Suure-Kopu_vallavalitsus, lk 78
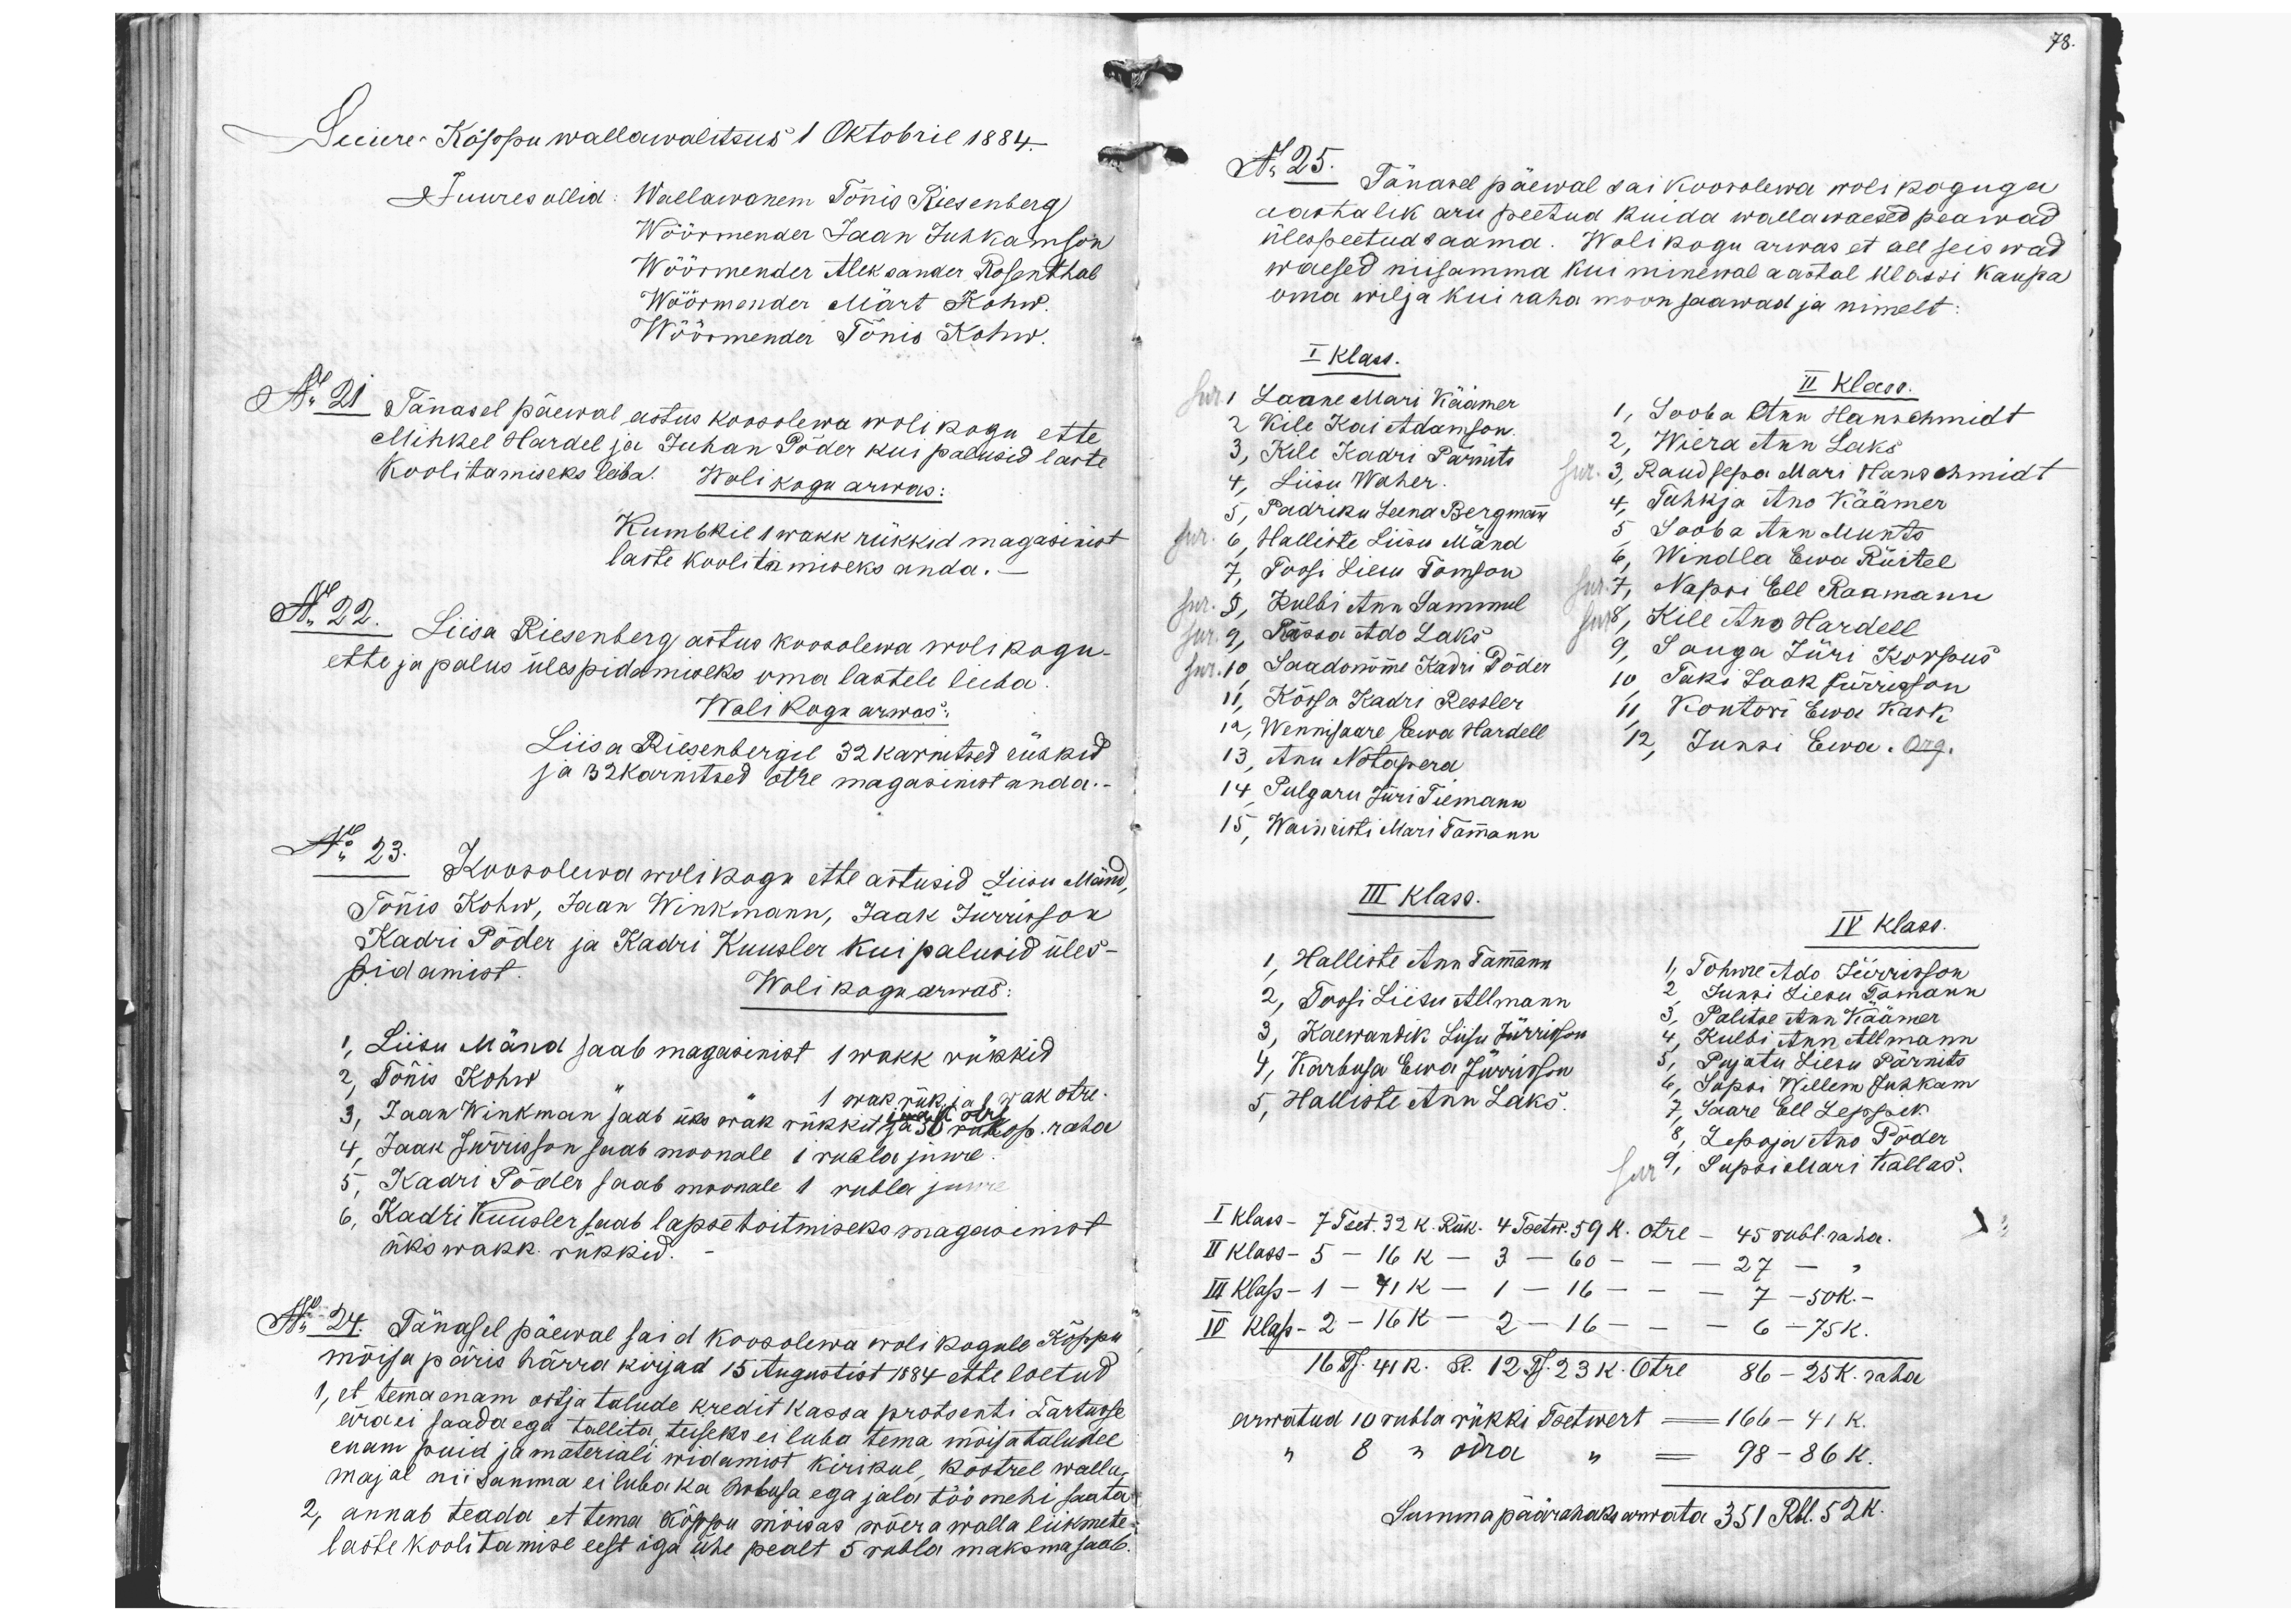
Suure-Kõppu wallawalitsus 1 Oktobril 1884.
Juures ollid: Wallawanem Tõnis Riesenberg
Wöörmender Jaan Juhkamson
Wöörmender Aleksander Rosenthal
Wöörmender Märt Kohw.
Wöörmender Tõnis Kohw.
No 21 Tänasel päewal astus koosolewa wolikogu ette
Mihkel Hardel ja Juhan Põder kui palusid laste
Koolitamiseks leiba. Wolikogu arwas
Kumbkil 1 wakk rükkid magasinist
laste koolitamiseks anda.
No 22. Liisa Riesenberg astus koosolewa wolikogu
ette ja palus ülespidamiseks oma lastele leiba
Wolikogu arwas.
Liisa Riesenbergil 32 karnitsed rükkid
ja 32 karnitsed otre magasimist anda.-
No 23. Koosolewa wolikogu ette astusid Liisu Mänd,
Tõnis Kohw, Jaan Winkmann, Jaak Jürrison
Kadri Põder ja Kadri Kuusler kui palusid üles-
pidamist.
Wolikogu arwas
1, Liisu Mäna saab magasinist 1 wakk rükkid
2, Tõnis Kohw " " 1 wak rük ja 1 wak otre.
3, Jaan Winkman saab üks wak rükkit 30 ru kop. raha
4, Jaak Jürrisson saab moonale 1 rubla juure.
1 wak otre
5, Kadri Põder saab moonale 1 rubla juure
6, Kadri Kuusler saab lapse toitmiseks magasinist
üks wakk. rükkid.
No 24. Tänasel päewal said koosolewa wolikogule Kõppu
mõisa päris härra kirjad 15 Augustist 1884 ette loetud
1, et tema enam ostja talude kredit kassa protsenti Tartusse
ära ei saada ega tallita, teiseks ei luba tema mõisa taludel
enam puid ja materiali widamist kirikul, köstrel walla
majal nii samma ei luba ka hobusa ega jala töö mehi saata
2, annab teada et tema Kõppu mõisas wõera walla liikmete
laste koolitamise eest iga ühe pealt 5 rubla maksma saab.

78.
No 25.
- Tänasel päewal sai koosolewa wolikoguga
aastalik aru peetud kuida wallawaesed peawad
ülespeetud saama. Wolikogu arwas et all seiswad
waesed niisamma kui minewal aastal klassi kaupa
oma wilja kui raha moon saawad ja nimelt
I Klass.
sur 1 Laane Mari Käämer
2, Kile Kai Adamson.
3, Kile Kadri Pärnits
4, Liisu Waher.
5, Padriku Leena Bergmann
sur 6, Halliste Liisu Mänd
7, Toosi Liesu Tomson,
sur. 8, Kulbi Ann Sammul
sur. 9, Rässa Ado Laks
sur. 10, Saadonõmme Kadri Põder
11, Kõssa Kadri Ressler
12, Wennisaare Ewa Hardell
13, Anu Notapera
14 Pulgaru Jüri Tiemann
15, Wainristi Mari Tammann
III Klass.
1, Halliste Ann Tammann
2, Toosi Liisu Allmann
3, Kaewandik Liisu Jürrisson
4, Karbusa Ewa Jürrisson
5, Halliste Ann Laks.
II Klass.
1, Sooba Ann Hanschmidt
2, Wiera Ann Laks
Jur. 3, Raudsepa Mari Hanschmidt
4, Tuhkja Ano Käämer
5, Sooba Ann Munts
6, Windla Ewa Rüitel
sur. 7, Napri Ell Raamann
sur 8, Kile Ano Hardell
9, Sanga Jüri Korpus
10, Taki Jaak Jürrisson
11, kontori Ewa Kark
12, Junsi Ewa. Org.
IV Klass.
1, Tohwre Ado Jürriston,
2, Juksi Liesu Tomann
3, Palitse Ann Käämer
4, Kulbi Ann Allmann
5, Pujatu Liesu Pärnits,
6, Supsi Willem Juhkam
7, Saare Ell Leppik
8, Lepoja Ano Põder
sur 9, Supsi Mari Kallas.
I klass - 7 Tset. 32 K. Rük. 4 Tsetw. 59 K. Otre - 45 rubl. raha.
II klass - 5 - 16 K - 3 - 60 - - - 27 -
III klass - 1 - 41 K - 1 - 16 - - - 7 - 50 K. -
IV Klass - 2 - 16 K - 2 - 16 - - - 6 - 75 K.
16 Ts 41R. R. 12 Ts. 23 K. Otre 86 - 25 K. raha
arwatud 10 rubla rükki Tsetwert = 166 - 41 K.
" 8 " odra " = 98 - 86 K.
Summa päärahaks arwata 351 Rbl. 52 K.